Report on horse surra - Volume I
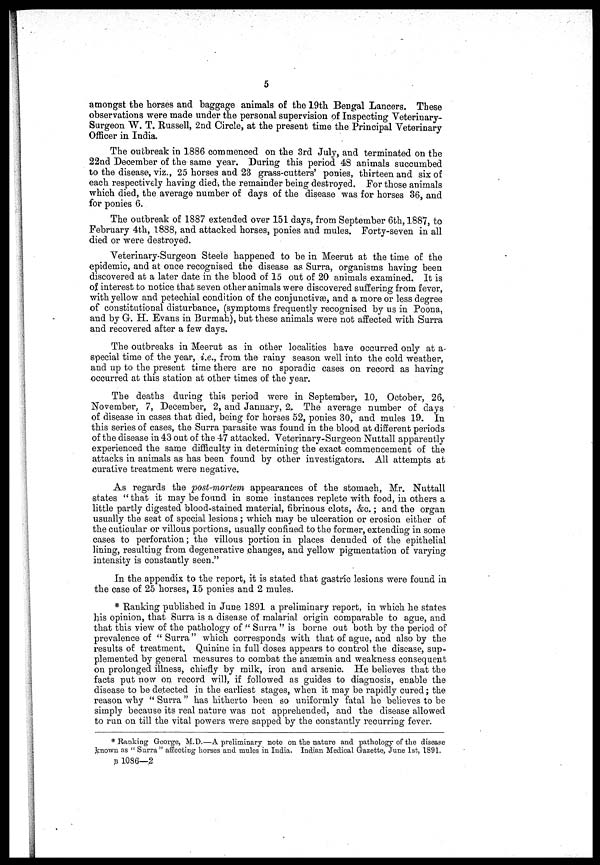
5
amongst the horses and baggage animals of the 19th Bengal Lancers. These
observations were made under the personal supervision of Inspecting Veterinary-
Surgeon W. T. Russell, 2nd Circle, at the present time the Principal Veterinary-
Officer in India.
The outbreak in 1886 commenced on the 3rd July, and terminated on the
22nd December of the same year. During this period 48 animals succumbed
to the disease, viz., 25 horses and 23 grass-cutters' ponies, thirteen and six of
each respectively having died, the remainder being destroyed. For those animals
which died, the average number of days of the disease was for horses 36, and
for ponies 6.
The outbreak of 1887 extended over 151 days, from September 6th, 1887, to
February 4th, 1888, and attacked horses, ponies and mules. Forty-seven in all
died or were destroyed.
Veterinary-Surgeon Steele happened to be in Meerut at the time of the
epidemic, and at once recognised the disease as Surra, organisms having been
discovered at a later date in the blood of 15 out of 20 animals examined. It is
of interest to notice that seven other animals were discovered suffering from fever,
with yellow and petechial condition of the conjunctivae, and a more or less degree
of constitutional disturbance, (symptoms frequently recognised by us in Poona,
and by G. H. Evans in Burmah), but these animals were not affected with Surra
and recovered after a few days.
The outbreaks in Meerut as in other localities have occurred only at a-
special time of the year, i.e., from the rainy season well into the cold weather,
and up to the present time there are no sporadic cases on record as having
occurred at this station at other times of the year.
The deaths during this period were in September, 10, October, 26,
November, 7, December, 2, and January, 2, The average number of days
of disease in cases that died, being for horses 52, ponies 30, and mules 19. In
this series of cases, the Surra parasite was found in the blood at different periods
of the disease in 43 out of the 47 attacked. Veterinary-Surgeon Nuttall apparently
experienced the same difficulty in determining the exact commencement of the
attacks in animals as has been found by other investigators. All attempts at
curative treatment were negative.
As regards the post-mortem appearances of the stomach, Mr. Nuttall
states " that it may be found in some instances replete with food, in others a
little partly digested blood-stained material, fibrinous clots, &c.; and the organ
usually the seat of special lesions ; which may be ulceration or erosion either of
the cuticular or villous portions, usually confined to the former, extending in some
cases to perforation ; the villous portion in places denuded of the epithelial
lining, resulting from degenerative changes, and yellow pigmentation of varying
intensity is constantly seen."
In the appendix to the report, it is stated that gastric lesions were found in
the case of 25 horses, 15 ponies and 2 mules.
* Ranking published in June 1891 a preliminary report, in which he states
his opinion, that Surra is a disease of malarial origin comparable to ague, and
that this view of the pathology of " Surra " is borne out both by the period of
prevalence of " Surra" which corresponds with that of ague, and also by the
results of treatment. Quinine in full doses appears to control the disease, sup-
plemented by general measures to combat the anæmia and weakness consequent
on prolonged illness, chiefly by milk, iron and arsenic. He believes that the
facts put now on record will, if followed as guides to diagnosis, enable the
disease to be detected in the earliest stages, when it may be rapidly cured ; the
reason why " Surra " has hitherto been so uniformly fatal he believes to be
simply because its real nature was not apprehended, and the disease allowed
to run on till the vital powers were sapped by the constantly recurring fever.
* Ranking George, M.D.—A preliminary note on the nature and pathology of the disease
known as " Surra " affecting horses and mules in India. Indian Medical Gazette, June 1st, 1891.
B 1036—2